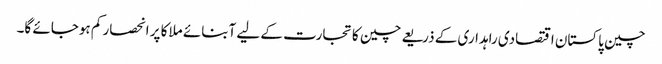
چین پاکستان اقتصادی راہداری کے ذریعے چین کا تجارت کے لیے آبنائے ملاکا پر انحصار کم ہوجائے گا۔